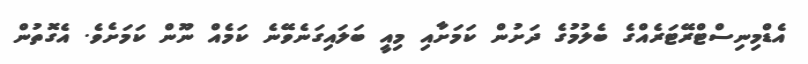
އެޑްމިނިސްޓްރޭޓަރެއްގެ ބެލުމުގެ ދަށުން ކަމަށާއި މިއީ ބަލައިގަނެވޭނެ ކަމެއް ނޫން ކަމަށެވެ. އެގޮތުން